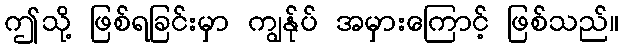
ဤသို့ ဖြစ်ရခြင်းမှာ ကျွန်ုပ် အမှားကြောင့် ဖြစ်သည်။